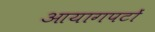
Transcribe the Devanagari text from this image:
आयागपटों